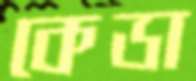
কেডা